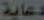
دعاية